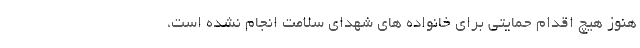
هنوز هیچ اقدام حمایتی برای خانواده های شهدای سلامت انجام نشده است،